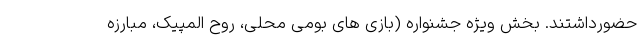
حضورداشتند. بخش ویژه جشنواره (بازی های بومی محلی، روح المپیک، مبارزه